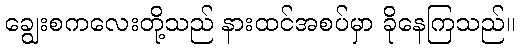
ချွေးစကလေးတို့သည် နားထင်အစပ်မှာ ခိုနေကြသည်။